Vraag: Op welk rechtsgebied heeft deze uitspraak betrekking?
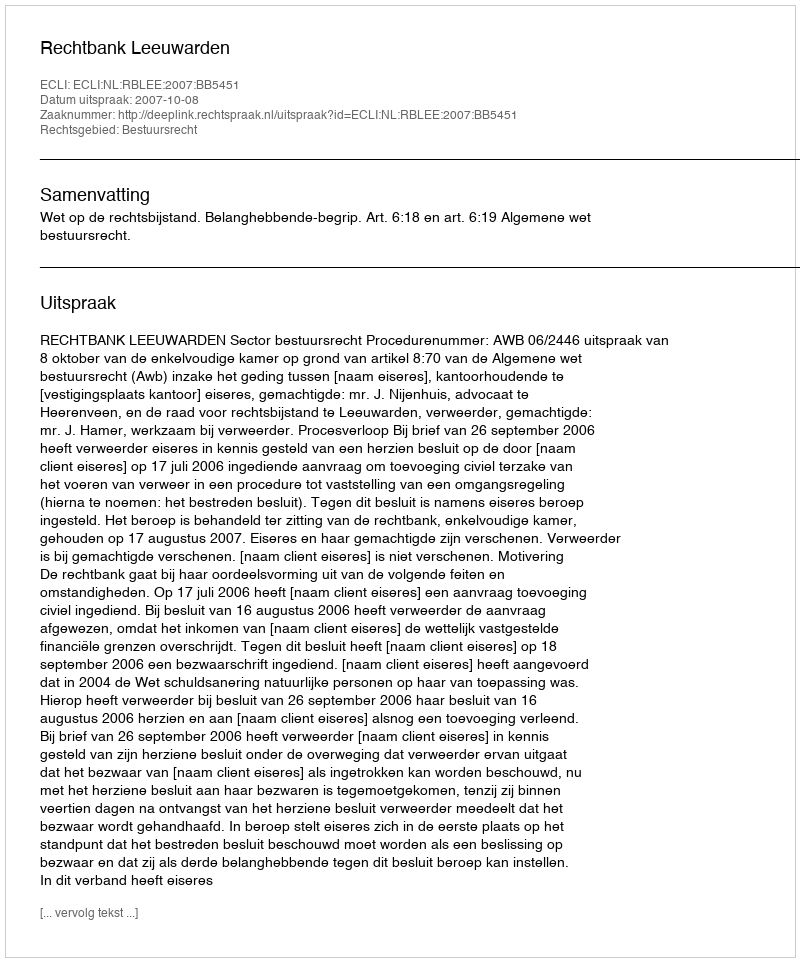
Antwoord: Bestuursrecht